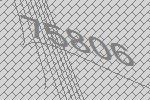
75806